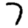
Digit: 7